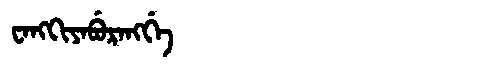
Manchu: ᠸᠠᠩᡴᡳᠶᠠᠪᡠᡵᠠᠩᡤᡝ
Romanization: WANGKIYABURANGGE